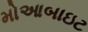
મોઆબાઇટ